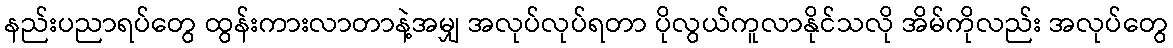
နည်းပညာရပ်တွေ ထွန်းကားလာတာနဲ့အမျှ အလုပ်လုပ်ရတာ ပိုလွယ်ကူလာနိုင်သလို အိမ်ကိုလည်း အလုပ်တွေ